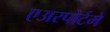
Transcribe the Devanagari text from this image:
एअरपोर्टमे